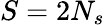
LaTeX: S=2N_{s}